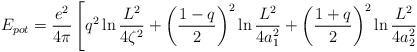
LaTeX: \begin{align*}E_{pot}=\frac{e^2}{4\pi}\left[q^2\ln\frac{L^2}{4\zeta^2}+\left(\frac{1-q}{2}\right)^2\ln\frac{L^2}{4a_1^2}+\left(\frac{1+q}{2}\right)^2\ln\frac{L^2}{4a_2^2}\right.\end{align*}